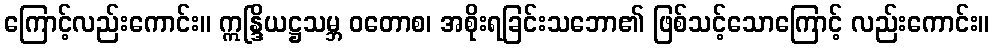
ကြောင့်လည်းကောင်း။ ဣန္ဒြိယဋ္ဌသမ္ဘ ဝတောစ၊ အစိုးရခြင်းသဘော၏ ဖြစ်သင့်သောကြောင့် လည်းကောင်း။